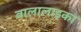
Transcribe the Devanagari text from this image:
बालालाइका